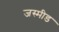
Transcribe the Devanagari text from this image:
जस्मीड